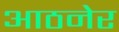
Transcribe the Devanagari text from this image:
आठनेर